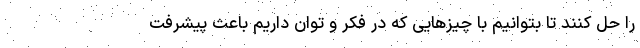
را حل کنند تا بتوانیم با چیزهایی که در فکر و توان داریم باعث پیشرفت